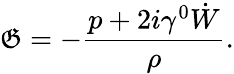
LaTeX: {\cal\mathfrak{G}}=-\frac{{p+2i\gamma^{0}\dot{{W}}}}{{\rho}}.